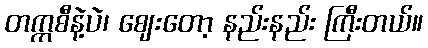
တက္ကစီနဲ့ပဲ၊ ဈေးတော့ နည်းနည်း ကြီးတယ်။